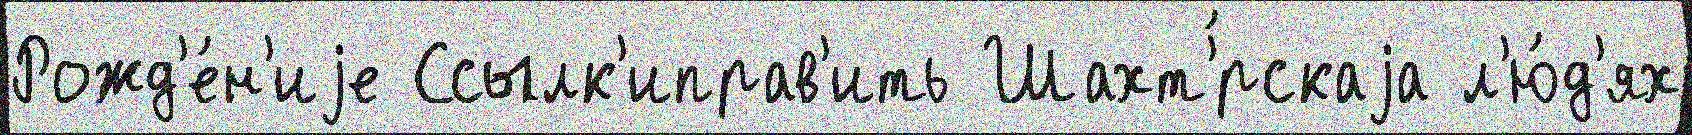
Рожд'е́н'иjе Ссылк'иправ'ить Шахт'́рскаjа л'ю́д'ях